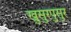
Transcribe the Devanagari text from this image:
खुसुरपुसुर